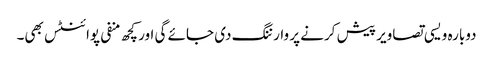
دوبارہ ویسی تصاویر پیش کرنے پر وارننگ دی جائے گی اور کچھ منفی پوائنٹس بھی۔